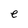
Character: e